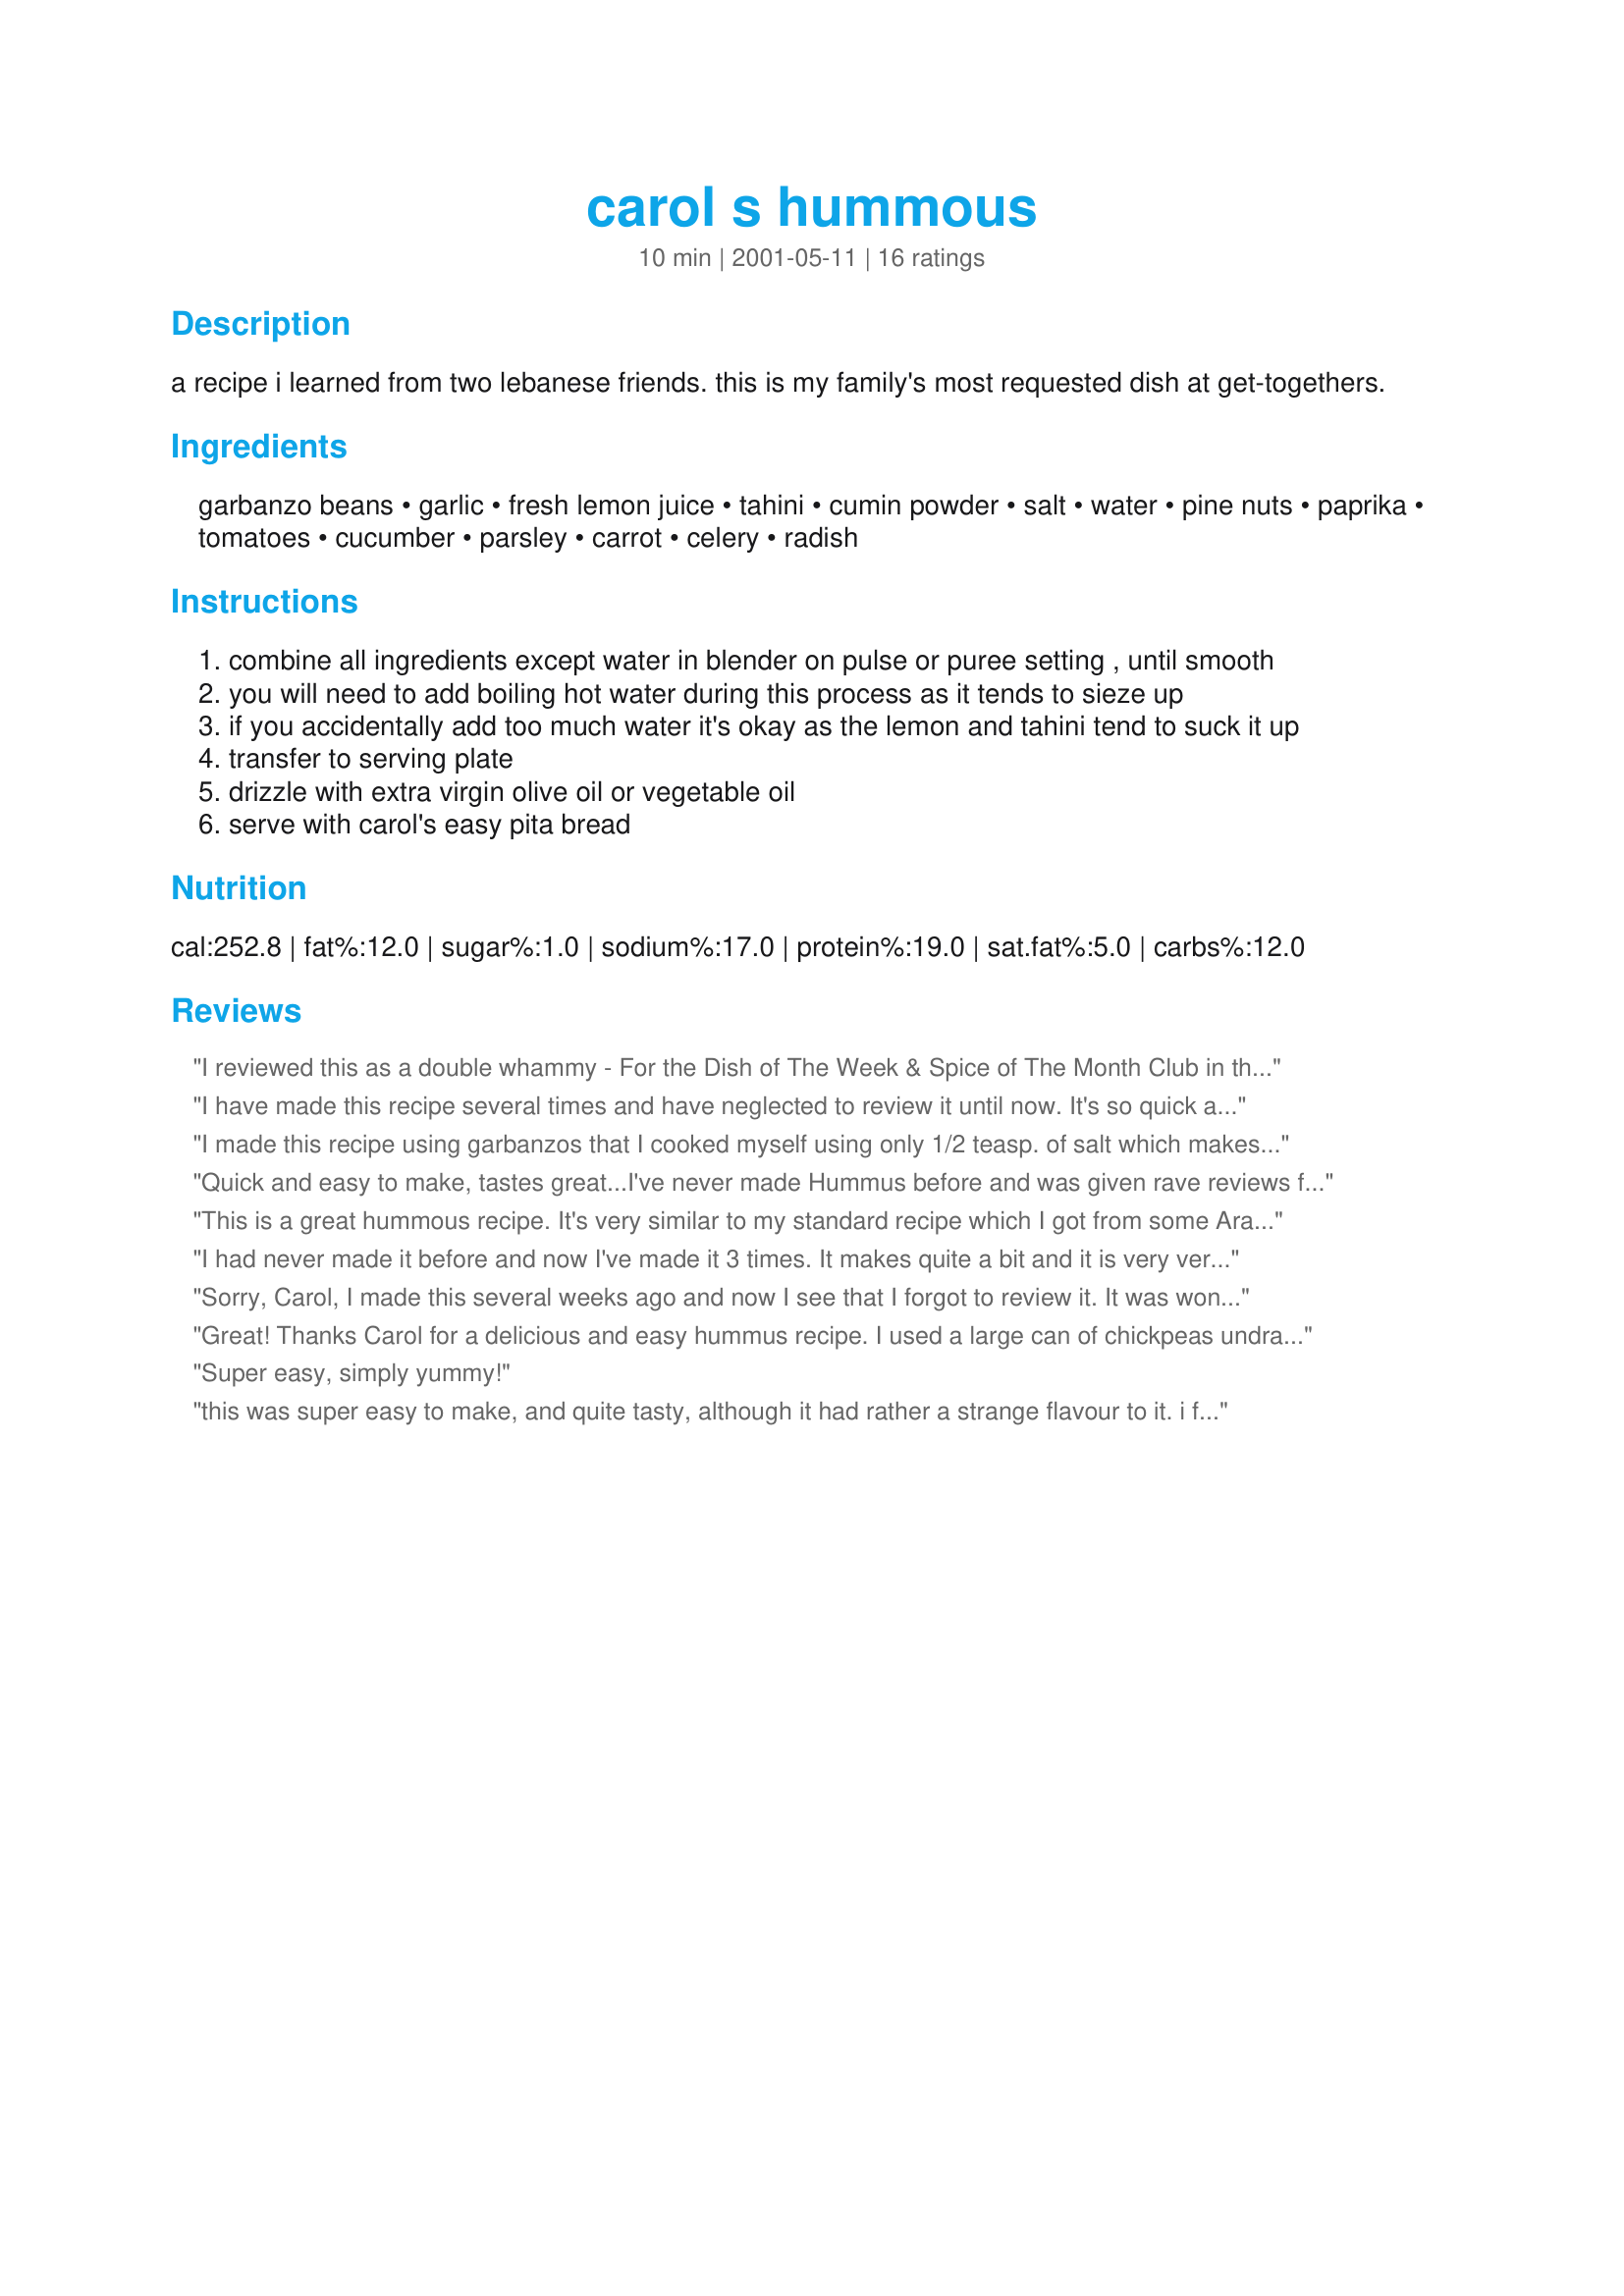
carol s hummous
Preparation time: 10 minutes

a recipe i learned from two lebanese friends. this is my family's most requested dish at get-togethers.

Ingredients:
garbanzo beans, garlic, fresh lemon juice, tahini, cumin powder, salt, water, pine nuts, paprika, tomatoes, cucumber, parsley, carrot, celery, radish

Steps:
combine all ingredients except water in blender on pulse or puree setting , until smooth
you will need to add boiling hot water during this process as it tends to sieze up
if you accidentally add too much water it's okay as the lemon and tahini tend to suck it up
transfer to serving plate
drizzle with extra virgin olive oil or vegetable oil
serve with carol's easy pita bread

Reviews:
I reviewed this as a double whammy - For the Dish of The Week & Spice of The Month Club in the NA*ME Forum. I really enjoyed this hummous - I've never had it with cumin & was interested to see how the flavours worked together...It was really great! I added the cucumber & parsley as a garnish & it was enjoyed by all the family. The cumin adds an earthiness to the hummous & rounds the flavour off - it makes a lovely change to regular hummous. Thanks Carol for this delicious recipe!
I have made this recipe several times and have neglected to review it until now. It's so quick and easy to whip up a batch of this flavourful hummous. My family loves it and it has been a hit at parties as well. Thank you for sharing this excellent recipe.
I made this recipe using garbanzos that I cooked myself using only 1/2 teasp. of salt which makes this recipe much lower in sodium than when you use the canned ones. I also cut back on the garlic to 6 cloves as the first time I made it we found it to be too much garlic for our tastes. I did not use the pine nuts as they are extremely expensive here ($18 a lb.) Also, we like our food a little on the spicy side so I added 1 tsp. of cayenne pepper. Then I also added 2/3 cup of olive oil. It was great! My husband is Lebanese and he said it was the best hummous he ever had!
Quick and easy to make, tastes great...I've never made Hummus before and was given rave reviews from my dinner guests. Ended up passing the recipe on to them. Thanks for the recipe.
This is a great hummous recipe. It's very similar to my standard recipe which I got from some Arabic friends; obviously it's very 'authentic,' lol. I did add 1 Tbsp of olive oil in the blender, to give it an even creamier texture, but other than that followed the recipe exactly. I probably used the equivalent of just under 1/4 c hot water, for those looking for measurement approximations. I'll definitely be pulling this out again...my hummous-addicted children finished off the whole batch at dinner. ;) Thanks for posting!
I had never made it before and now I've made it 3 times. It makes quite a bit and it is very very good! When we've had our fill with pita chips I put it on some good hearty bread and eat it in sandwiches. I like it best when it's warm. Good recipe! Thanks for posting!
Sorry, Carol, I made this several weeks ago and now I see that I forgot to review it. It was wonderful and very easy to make - I followed the recipe exactly. We served it on pitas with chopped tomatoes, chopped onions, and EV olive oil for a picnic. It was fabulous, I'll make it again for sure. Thanks for posting!
Great! Thanks Carol for a delicious and easy hummus recipe. I used a large can of chickpeas undrained for this recipe. I think next time I might drain a bit of the liquid out because the final result, while delicious, was a little to thin for my liking. Thanks again Carol, a keeper for sure.
Super easy, simply yummy!
this was super easy to make, and quite tasty, although it had rather a strange flavour to it. i found it quite bitter... i think i would put a little less tahini in next time. also, i left it out on the counter for a few hours, and much of the flavour seemed to dissappear... so i would be sure to cover it right after making it next time!
very nice hummous. i replaced the beans with dried, soaked and cooked chickpeas and it turned out really tasty. i will serve mine with pitta breads and carrot sticks to dip.
Thank you
This was a very good hummous recipe. The texture is very authentic: rich, creamy, and smooth instead of chunky and rough. Delicious, Thanks, Carol

This was SUPER easy and very very good! There are several new hummous fans in Kansas, thanks to this recipe!
Delicious!
My houmous recipe is similar but without the cumin. Always top with extra virgin olive oil; never use vegetable oil (it won''t give the authentic, rich, fragrant middle-eastern taste or fragrance).
For a change: rub pita bread with cut garlic cloves-brush with olive oil-toast in oven until crispy and cut into triangles. Or just scoop it up with non toasted pita.
Serve with olives-middle-eastern, small green ones, if you can find them (Atlantic Ave.,Brooklyn, NY, or in a city with a large arabic population, look for an Arab grocery).
Or, try Nichoise olives (French, small black).
Very tasty and much lower in fat than the olive oil-y version I usually make...I didn't care for the taste imparted by the pine nuts, but as that is an optional ingredient, I don't feel that this recipe should lose a star because of it. Great for dipping and spreading on sandwiches! Thanks!
Carol's hummous is awesome! Carol recently gave me her recipe when she couldn't make a family get-together[I'm her sister].
Easy recipe, although I should add make only 1 batch at a time, I found my double batch very hard to work with. I also found hot water is very important, as does tend to seize up.
Otherwise, quick, easy and delicious!
Cathy
